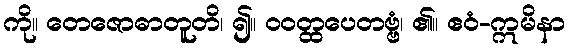
ကို။ တေဇောဓာတူတိ၊ ၍။ ဝဝတ္ထပေတဗ္ဗံ၊ ၏။ ဧဝံ-ဣမိနာ